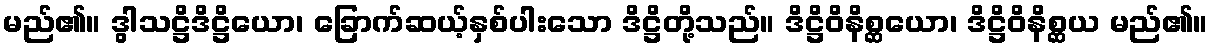
မည်၏။ ဒွါသဋ္ဌိဒိဋ္ဌိယော၊ ခြောက်ဆယ့်နှစ်ပါးသော ဒိဋ္ဌိတို့သည်။ ဒိဋ္ဌိဝိနိစ္ဆယော၊ ဒိဋ္ဌိဝိနိစ္ဆယ မည်၏။